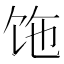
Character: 𩠂